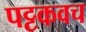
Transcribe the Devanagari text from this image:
पट्टकवच